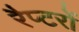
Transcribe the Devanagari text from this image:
रैप्टरों